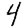
Digit: 4